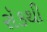
રૉકથી